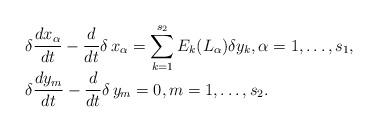
LaTeX: \begin{align*}\begin{array}{rl}&\delta\dfrac{dx_\alpha}{dt}-\dfrac{d}{dt}\delta\,x_\alpha=\displaystyle\sum_{k=1}^{s_2}E_k(L_\alpha )\delta y_k,\alpha=1,\ldots,s_1,\\&\delta\dfrac{dy_m}{dt}-\dfrac{d}{dt}\delta\,y_m=0,m=1,\ldots,s_2.\end{array}\end{align*}